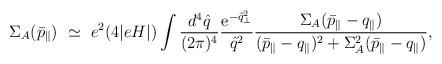
LaTeX: \begin{align*}\Sigma_A(\bar{p}_\parallel) ~\simeq~e^2 (4 |eH|) \int \frac{d^4\hat{q}}{(2 \pi)^4} \frac{{\rm e}^{- \hat{q}_\perp^2}}{\hat{q}^2} \frac{\Sigma_A(\bar{p}_\parallel-q_\parallel)}{(\bar{p}_\parallel - q_\parallel)^2 + \Sigma_A^2(\bar{p}_\parallel-q_\parallel)}, \end{align*}